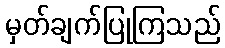
မှတ်ချက်ပြုကြသည်